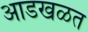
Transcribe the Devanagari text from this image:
आडखळत